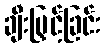
ချီးမြှင့်ခြင်း